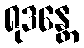
ရုဒန္တေ